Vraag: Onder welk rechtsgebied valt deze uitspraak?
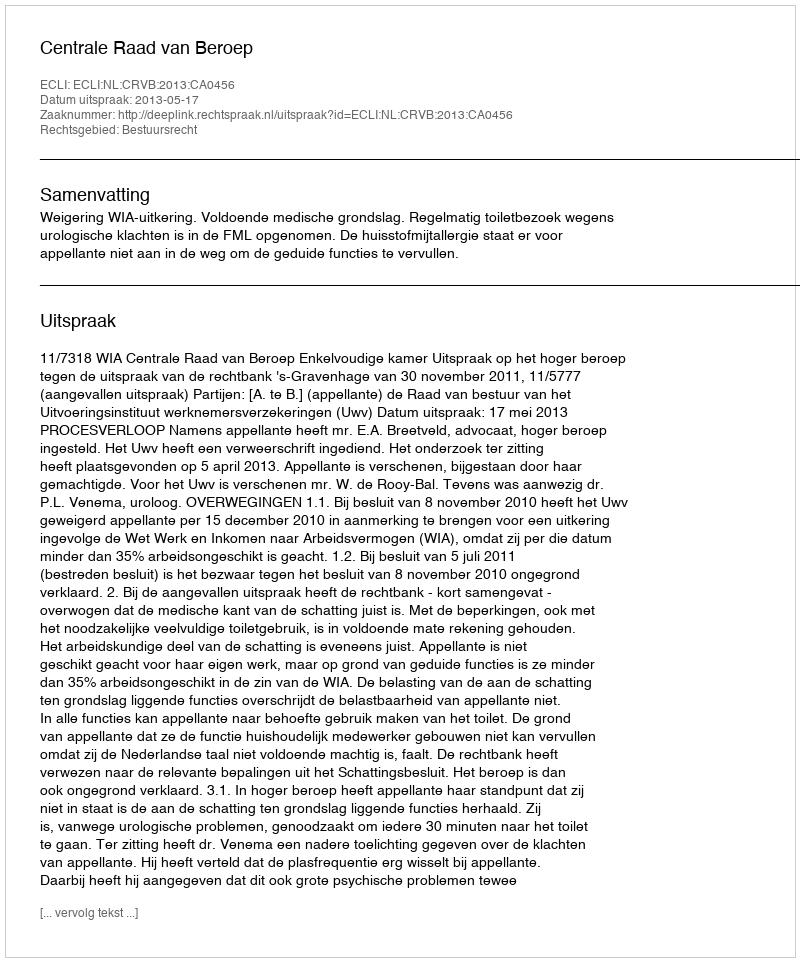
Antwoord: Bestuursrecht